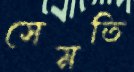
সেমতি